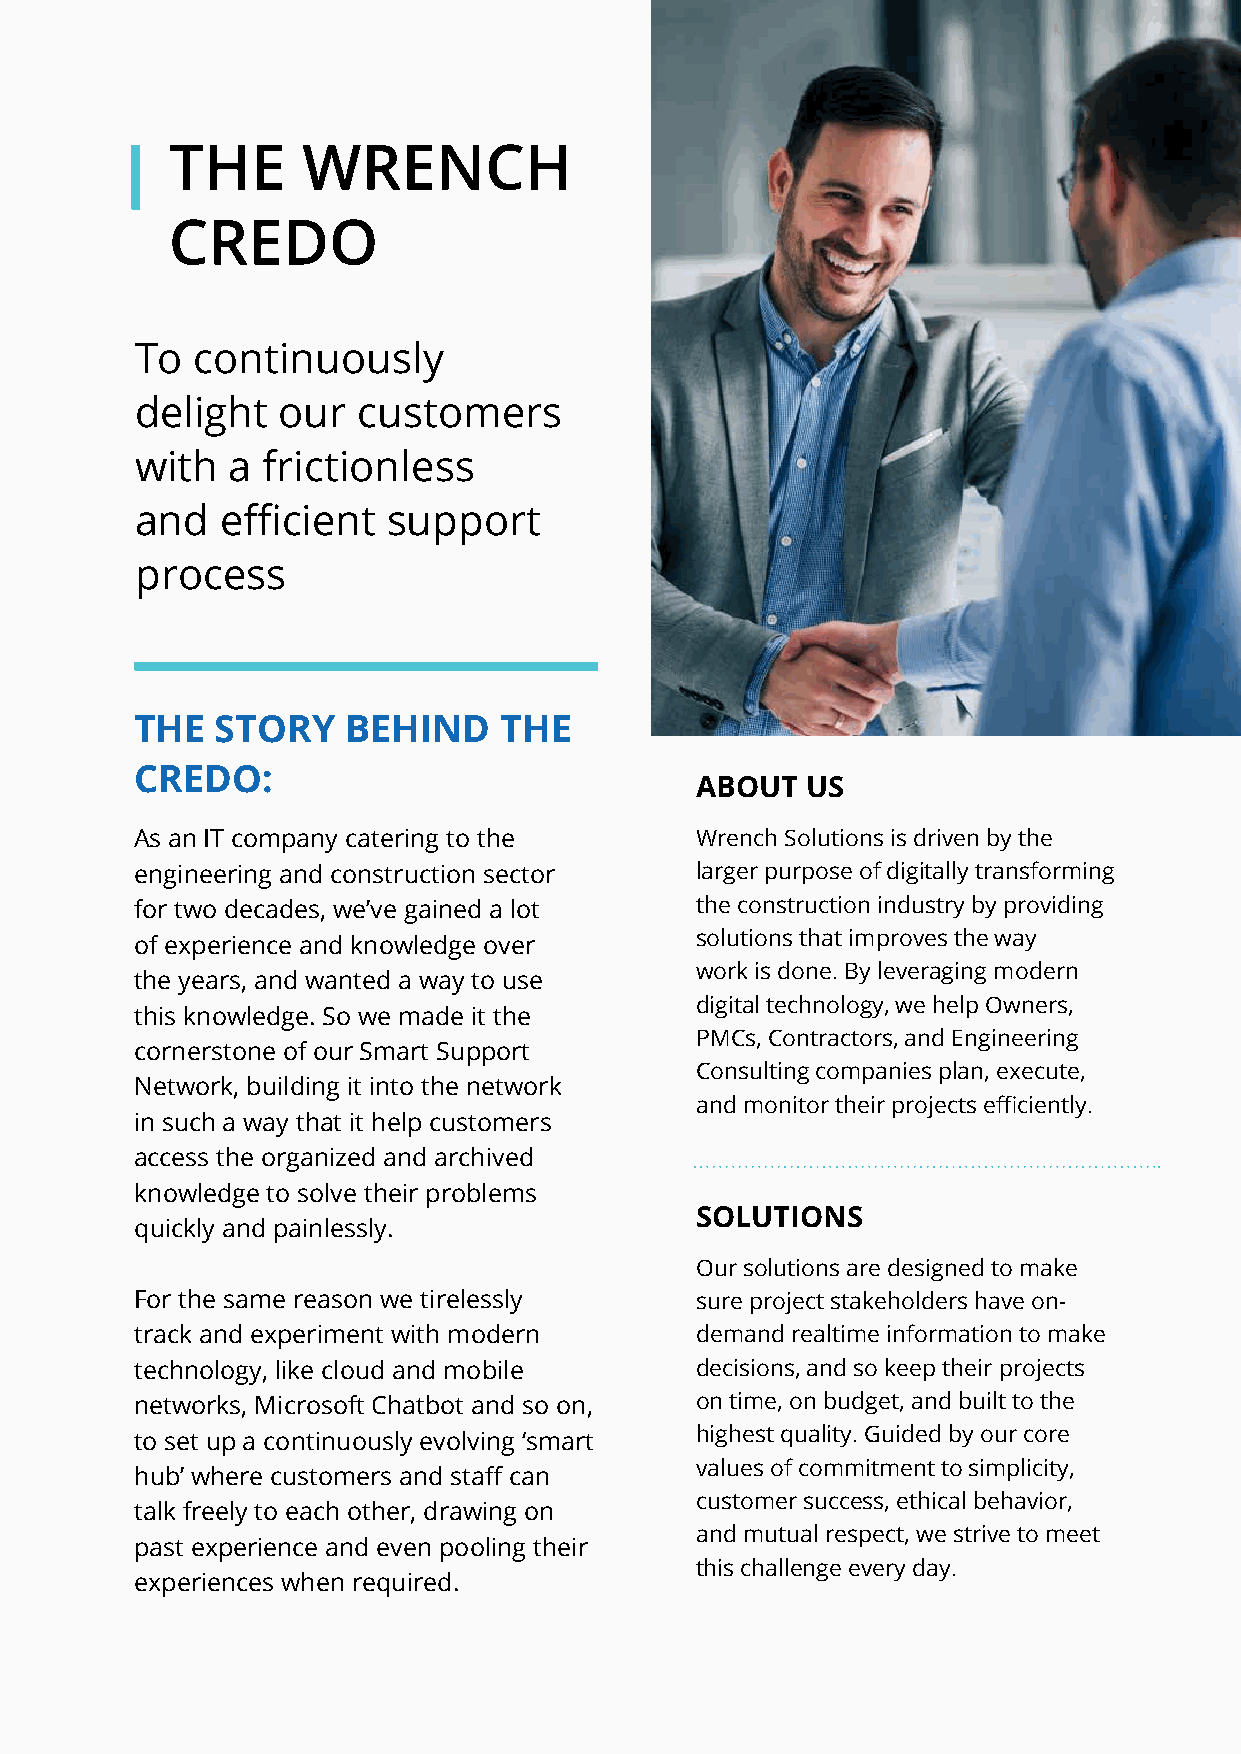
THE      WRENCH
 CREDO
 To  continuously
 delight  our   customers
 with  a frictionless
 and   efficient  support
 process
 THE  STORY    BEHIND    THE
 CREDO:
 ABOUT  US
 As an IT company catering to the     Wrench Solutions is driven by the
 engineering and construction sector  larger purpose of digitally transforming
 for two decades, we’ve gained a lot  the construction industry by providing
 solutions that improves the way
 of experience and knowledge over
 work is done. By leveraging modern
 the years, and wanted a way to use
 digital technology, we help Owners,
 this knowledge. So we made it the
 PMCs, Contractors, and Engineering
 cornerstone of our Smart Support
 Consulting companies plan, execute,
 Network, building it into the network
 and monitor their projects efficiently.
 in such a way that it help customers
 access the organized and archived
 knowledge to solve their problems
 SOLUTIONS
 quickly and painlessly.
 Our solutions are designed to make
 For the same reason we tirelessly    sure project stakeholders have on-
 track and experiment with modern     demand realtime information to make
 technology, like cloud and mobile    decisions, and so keep their projects
 networks, Microsoft Chatbot and so on, on time, on budget, and built to the
 to set up a continuously evolving ‘smart highest quality. Guided by our core
 values of commitment to simplicity,
 hub’ where customers and staff can
 customer success, ethical behavior,
 talk freely to each other, drawing on
 and mutual respect, we strive to meet
 past experience and even pooling their
 this challenge every day.
 experiences when required.